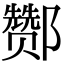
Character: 酂